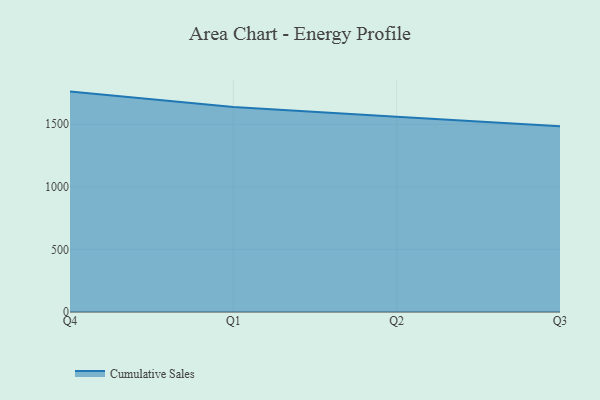
{"axis": {"x": "Quarter", "y": "Population (Million)"}, "legend": ["Cumulative Sales"], "data": [{"x": "Q4", "y": 1760.9, "type": "Cumulative Sales"}, {"x": "Q1", "y": 1637.4, "type": "Cumulative Sales"}, {"x": "Q2", "y": 1559.9, "type": "Cumulative Sales"}, {"x": "Q3", "y": 1484.9, "type": "Cumulative Sales"}]}